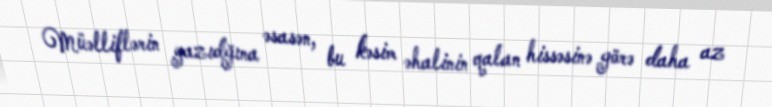
Müəlliflərin yazıdğına əsasən, bu kəsim əhalinin qalan hissəsinə görə daha az